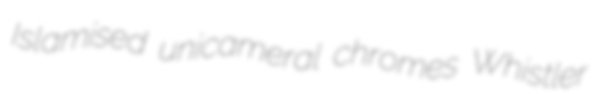
Islamised unicameral chromes Whistler